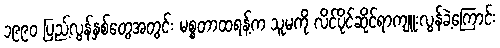
၁၉၉၀ ပြည့်လွန်နှစ်တွေအတွင်း မစ္စတာထရန့်က သူမကို လိင်ပိုင်ဆိုင်ရာကျူးလွန်ခဲ့ကြောင်း